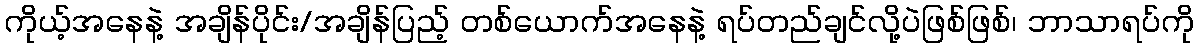
ကိုယ့်အနေနဲ့ အချိန်ပိုင်း/အချိန်ပြည့် တစ်ယောက်အနေနဲ့ ရပ်တည်ချင်လို့ပဲဖြစ်ဖြစ်၊ ဘာသာရပ်ကို